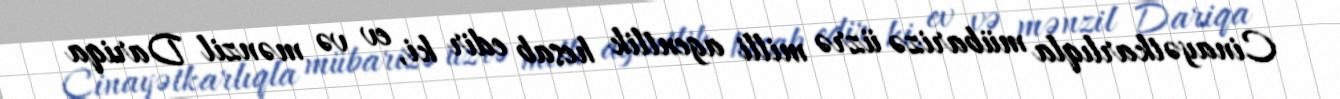
Cinayətkarlıqla mübarizə üzrə milli agentlik hesab edir ki, ev və mənzil Dariqa